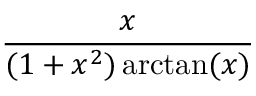
\frac { x } { ( 1 + x ^ { 2 } ) \arctan ( x ) }